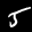
Label: 5